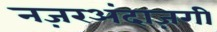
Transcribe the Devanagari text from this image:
नज़रअंदाज़गी